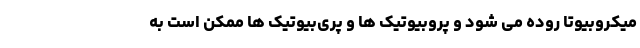
میکروبیوتا روده می شود و پروبیوتیک ها و پری‌بیوتیک ها ممکن است به